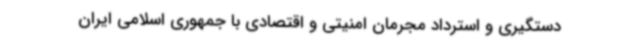
دستگیری و استرداد مجرمان امنیتی و اقتصادی با جمهوری اسلامی ایران